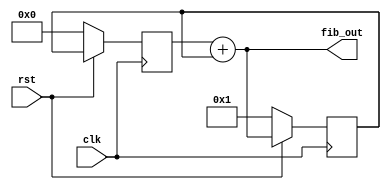
`timescale 1ns / 1ps
//////////////////////////////////////////////////////////////////////////////////
// Company: 
// Engineer: 
// 
// Design Name: 
// Module Name: fibo_series
// Project Name: 
// Target Devices: 
// Tool Versions: 
// Description: 
// 
// Dependencies: 
// 
// Revision:
// Revision 0.01 - File Created
// Additional Comments:
// 
//////////////////////////////////////////////////////////////////////////////////


module fibo_series(clk,rst,fib_out);
input clk,rst;
output [31:0]fib_out;
reg [31:0] previous,present;// define previous and present 
initial 
begin
previous = 0;//initialize present and previous
present = 1;
end
always@(posedge clk )
begin
 if(~rst)
   begin
    previous <= 0;
    present <= 1;
   end  
 else
  begin
   previous <= present;
   present <= fib_out; 
  end 
end
assign fib_out = previous + present;
endmodule